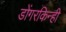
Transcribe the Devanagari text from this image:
डोंगरकिन्ही